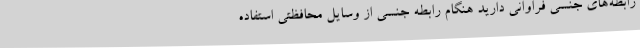
رابطه‌های جنسی فراوانی دارید هنگام رابطه جنسی از وسایل محافظتی استفاده